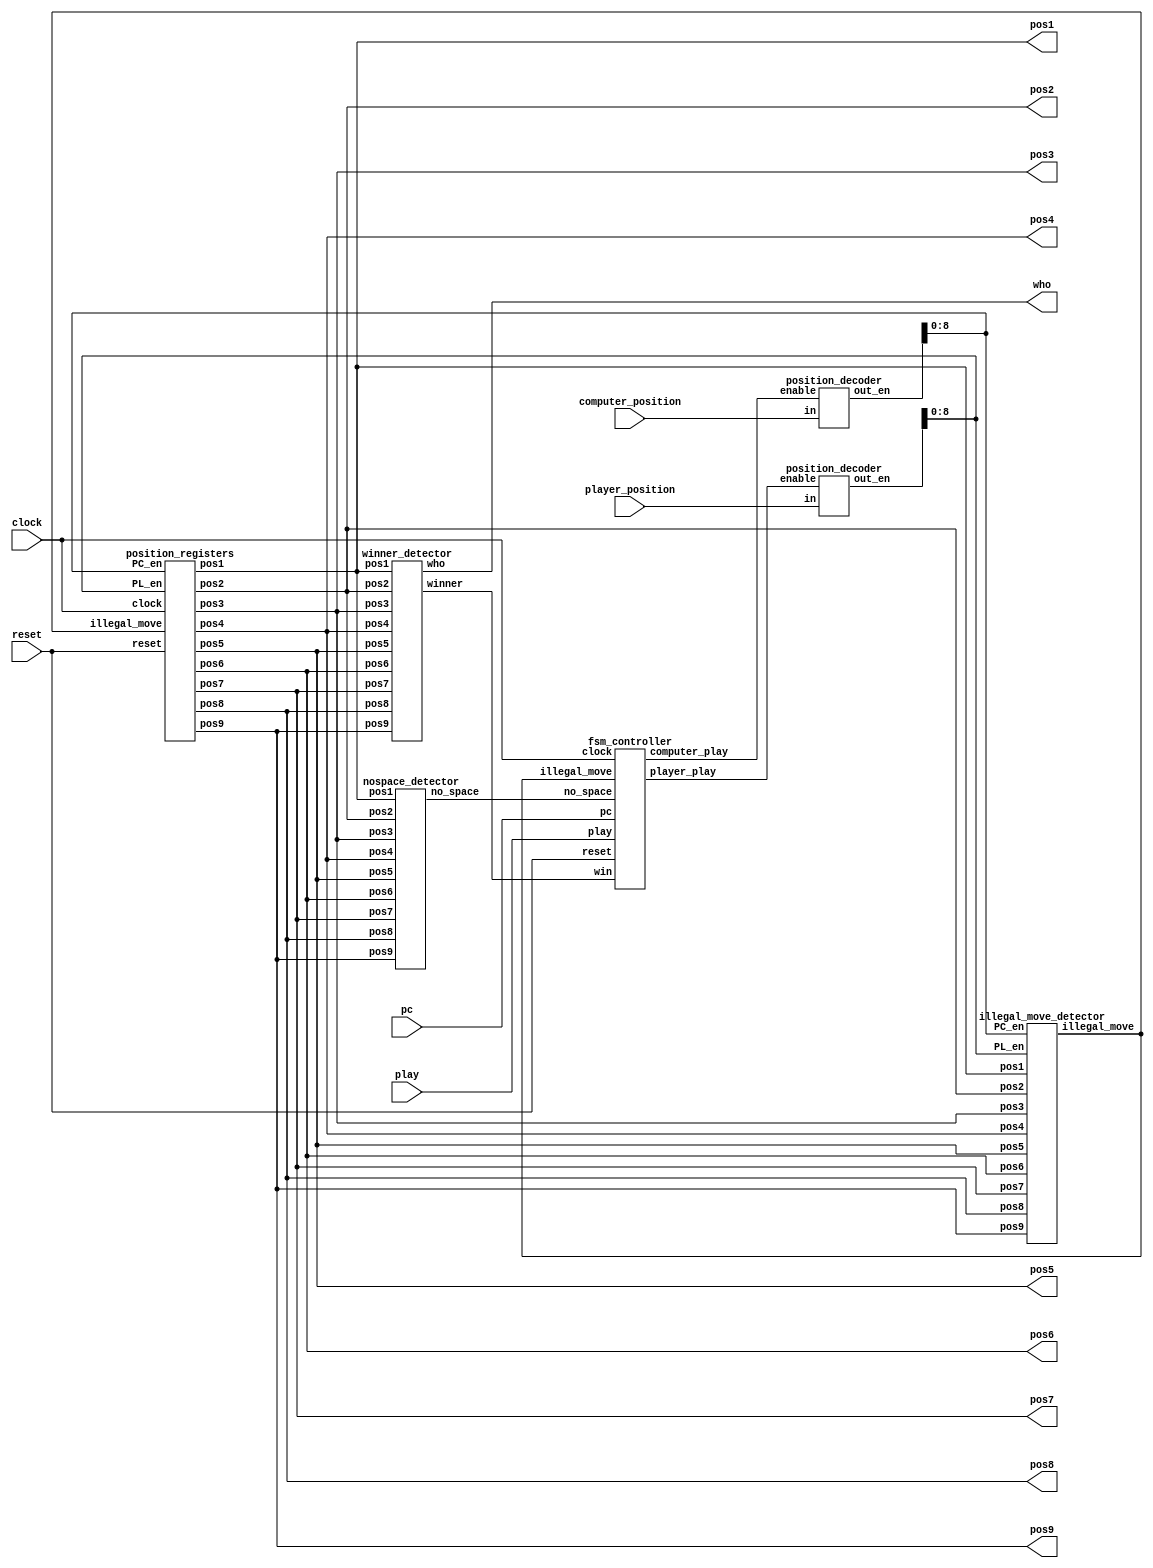
  module tic_tac_toe_game(
     input clock, // clock of the game 
     input reset, // reset button to reset the game 
     input play, // play button to enable player to play 
     input pc, // pc button to enable computer to play 
     input [3:0] computer_position,player_position, 
     // positions to play 
     output wire [1:0] pos1,pos2,pos3,
     pos4,pos5,pos6,pos7,pos8,pos9,
     // LED display for positions 
     // 01: Player 
     // 10: Computer 
     output wire[1:0]who 
     // who the winner is 
     );
 wire [15:0] PC_en;// Computer enable signals 
 wire [15:0] PL_en; // Player enable signals 
 wire illegal_move; // disable writing when an illegal move is detected 
 //wire [1:0] pos1,pos2,pos3,pos4,pos5,pos6,pos7,pos8,pos9;// positions stored
 wire win; // win signal 
 wire computer_play; // computer enabling signal 
 wire player_play; // player enabling signal 
 wire no_space; // no space signal 
 // position registers    
  position_registers position_reg_unit(
      clock, // clock of the game 
      reset, // reset the game 
      illegal_move, // disable writing when an illegal move is detected 
      PC_en[8:0], // Computer enable signals 
      PL_en[8:0], // Player enable signals 
      pos1,pos2,pos3,pos4,pos5,pos6,pos7,pos8,pos9// positions stored
      );
 // winner detector 
 winner_detector win_detect_unit(pos1,pos2,pos3,pos4,pos5,pos6,pos7,pos8,pos9,win,who);
 // position decoder for computer 
 position_decoder pd1(computer_position,computer_play,PC_en);
 // position decoder for player  
 position_decoder pd2(player_position,player_play,PL_en); 
 // illegal move detector
  illegal_move_detector imd_unit(
   pos1,pos2,pos3,pos4,pos5,pos6,pos7,pos8,pos9, 
   PC_en[8:0], PL_en[8:0], 
   illegal_move
   );
 // no space detector 
 nospace_detector nsd_unit(
   pos1,pos2,pos3,pos4,pos5,pos6,pos7,pos8,pos9, 
   no_space
    ); 
 fsm_controller tic_tac_toe_controller(
     clock,// clock of the circuit 
     reset,// reset 
     play, // player plays 
     pc,// computer plays 
     illegal_move,// illegal move detected 
     no_space, // no_space detected 
     win, // winner detected 
     computer_play, // enable computer to play 
     player_play // enable player to play 
     );    
endmodule 
// Position registers  
// when enabling by the FSM controller 
module position_registers(
      input clock, // clock of the game 
      input reset, // reset the game 
      input illegal_move, // disable writing when an illegal move is detected 
      input [8:0] PC_en, // Computer enable signals 
      input [8:0] PL_en, // Player enable signals 
      output reg[1:0] pos1,pos2,pos3,pos4,pos5,pos6,pos7,pos8,pos9// positions stored
      );
 // Position 1 
 always @(posedge clock or posedge reset)
 begin
  if(reset) 
   pos1 <= 2'b00;
  else begin
   if(illegal_move==1'b1)
    pos1 <= pos1;// keep previous position
   else if(PC_en[0]==1'b1)
    pos1 <= 2'b10; // store computer data 
   else if (PL_en[0]==1'b1)
    pos1 <= 2'b01;// store player data 
   else 
    pos1 <= pos1;// keep previous position
  end 
 end 
 // Position 2 
 always @(posedge clock or posedge reset)
 begin
  if(reset) 
   pos2 <= 2'b00;
  else begin
   if(illegal_move==1'b1)
    pos2 <= pos2;// keep previous position
   else if(PC_en[1]==1'b1)
    pos2 <= 2'b10; // store computer data 
   else if (PL_en[1]==1'b1)
    pos2 <= 2'b01;// store player data 
   else 
    pos2 <= pos2;// keep previous position
  end 
 end 
// Position 3 
 always @(posedge clock or posedge reset)
 begin
  if(reset) 
   pos3 <= 2'b00;
  else begin
   if(illegal_move==1'b1)
    pos3 <= pos3;// keep previous position
   else if(PC_en[2]==1'b1)
    pos3 <= 2'b10; // store computer data 
   else if (PL_en[2]==1'b1)
    pos3 <= 2'b01;// store player data 
   else 
    pos3 <= pos3;// keep previous position
  end 
 end  
 // Position 4 
 always @(posedge clock or posedge reset)
 begin
  if(reset) 
   pos4 <= 2'b00;
  else begin
   if(illegal_move==1'b1)
    pos4 <= pos4;// keep previous position
   else if(PC_en[3]==1'b1)
    pos4 <= 2'b10; // store computer data 
   else if (PL_en[3]==1'b1)
    pos4 <= 2'b01;// store player data 
   else 
    pos4 <= pos4;// keep previous position
  end 
 end 
 // Position 5 
 always @(posedge clock or posedge reset)
 begin
  if(reset) 
   pos5 <= 2'b00;
  else begin
   if(illegal_move==1'b1)
    pos5 <= pos5;// keep previous position
   else if(PC_en[4]==1'b1)
    pos5 <= 2'b10; // store computer data 
   else if (PL_en[4]==1'b1)
    pos5 <= 2'b01;// store player data 
   else 
    pos5 <= pos5;// keep previous position
  end 
 end 
 // Position 6 
 always @(posedge clock or posedge reset)
 begin
  if(reset) 
   pos6 <= 2'b00;
  else begin
   if(illegal_move==1'b1)
    pos6 <= pos6;// keep previous position
   else if(PC_en[5]==1'b1)
    pos6 <= 2'b10; // store computer data 
   else if (PL_en[5]==1'b1)
    pos6 <= 2'b01;// store player data 
   else 
    pos6 <= pos6;// keep previous position
  end 
 end 
 // Position 7 
 always @(posedge clock or posedge reset)
 begin
  if(reset) 
   pos7 <= 2'b00;
  else begin
   if(illegal_move==1'b1)
    pos7 <= pos7;// keep previous position
   else if(PC_en[6]==1'b1)
    pos7 <= 2'b10; // store computer data 
   else if (PL_en[6]==1'b1)
    pos7 <= 2'b01;// store player data 
   else 
    pos7 <= pos7;// keep previous position
  end 
 end 
 // Position 8 
 always @(posedge clock or posedge reset)
 begin
  if(reset) 
   pos8 <= 2'b00;
  else begin
   if(illegal_move==1'b1)
    pos8 <= pos8;// keep previous position
   else if(PC_en[7]==1'b1)
    pos8 <= 2'b10; // store computer data 
   else if (PL_en[7]==1'b1)
    pos8 <= 2'b01;// store player data 
   else 
    pos8 <= pos8;// keep previous position
  end 
 end 
 // Position 9 
 always @(posedge clock or posedge reset)
 begin
  if(reset) 
   pos9 <= 2'b00;
  else begin
   if(illegal_move==1'b1)
    pos9 <= pos9;// keep previous position
   else if(PC_en[8]==1'b1)
    pos9 <= 2'b10; // store computer data 
   else if (PL_en[8]==1'b1)
    pos9 <= 2'b01;// store player data 
   else 
    pos9 <= pos9;// keep previous position
  end 
 end  
endmodule 

module fsm_controller(
     input clock,// clock of the circuit 
     input reset,// reset 
     play, // player plays 
     pc,// computer plays 
     illegal_move,// illegal move detected 
     no_space, // no_space detected 
     win, // winner detected 
     output reg computer_play, // enable computer to play 
     player_play // enable player to play 
     );
// FSM States 
parameter IDLE=2'b00;
parameter PLAYER=2'b01;
parameter COMPUTER=2'b10;
parameter GAME_DONE=2'b11;
reg[1:0] current_state, next_state;
// current state registers 
always @(posedge clock or posedge reset) 
begin 
 if(reset)
  current_state <= IDLE;
 else 
  current_state <= next_state;
end 
 // next state 
always @(*)
 begin
 case(current_state)
 IDLE: begin 
  if(reset==1'b0 && play == 1'b1)
   next_state <= PLAYER; // player to play 
  else 
   next_state <= IDLE;
  player_play <= 1'b0;
  computer_play <= 1'b0;
 end 
 PLAYER:begin 
  player_play <= 1'b1;
  computer_play <= 1'b0;
  if(illegal_move==1'b0)
   next_state <= COMPUTER; // computer to play 
  else 
   next_state <= IDLE;
 end 
 COMPUTER:begin 
  player_play <= 1'b0;
  if(pc==1'b0) begin 
   next_state <= COMPUTER;
   computer_play <= 1'b0;
  end
  else if(win==1'b0 && no_space == 1'b0)
  begin 
   next_state <= IDLE;
   computer_play <= 1'b1;// computer to play when PC=1
  end 
  else if(no_space == 1 || win ==1'b1)
  begin 
   next_state <= GAME_DONE; // game done 
   computer_play <= 1'b1;// computer to play when PC=1
  end  
 end 
 GAME_DONE:begin // game done
  player_play <= 1'b0;
  computer_play <= 1'b0; 
  if(reset==1'b1) 
   next_state <= IDLE;// reset the game to IDLE 
  else 
   next_state <= GAME_DONE;  
 end 
 default: next_state <= IDLE; 
 endcase
 end
endmodule 
// NO SPACE detector
// to detect if no more spaces to play 

module nospace_detector(
   input [1:0] pos1,pos2,pos3,pos4,pos5,pos6,pos7,pos8,pos9, 
   output wire no_space
    );
wire temp1,temp2,temp3,temp4,temp5,temp6,temp7,temp8,temp9;
// detect no more space     
assign temp1 = pos1[1] | pos1[0];
assign temp2 = pos2[1] | pos2[0];
assign temp3 = pos3[1] | pos3[0];
assign temp4 = pos4[1] | pos4[0];
assign temp5 = pos5[1] | pos5[0];
assign temp6 = pos6[1] | pos6[0];
assign temp7 = pos7[1] | pos7[0];
assign temp8 = pos8[1] | pos8[0];
assign temp9 = pos9[1] | pos9[0];
// output
assign no_space =((((((((temp1 & temp2) & temp3) & temp4) & temp5) & temp6) & temp7) & temp8) & temp9);
endmodule 

// Illegal move detector
// to detect if a player plays on an exist position 

module illegal_move_detector(
   input [1:0] pos1,pos2,pos3,pos4,pos5,pos6,pos7,pos8,pos9, 
   input [8:0] PC_en, PL_en, 
   output wire illegal_move
   );
wire temp1,temp2,temp3,temp4,temp5,temp6,temp7,temp8,temp9;
wire temp11,temp12,temp13,temp14,temp15,temp16,temp17,temp18,temp19;
wire temp21,temp22;
// player : illegal moving    
assign temp1 = (pos1[1] | pos1[0]) & PL_en[0];
assign temp2 = (pos2[1] | pos2[0]) & PL_en[1];
assign temp3 = (pos3[1] | pos3[0]) & PL_en[2];
assign temp4 = (pos4[1] | pos4[0]) & PL_en[3];
assign temp5 = (pos5[1] | pos5[0]) & PL_en[4];
assign temp6 = (pos6[1] | pos6[0]) & PL_en[5];
assign temp7 = (pos7[1] | pos7[0]) & PL_en[6];
assign temp8 = (pos8[1] | pos8[0]) & PL_en[7];
assign temp9 = (pos9[1] | pos9[0]) & PL_en[8];
// computer : illegal moving  
assign temp11 = (pos1[1] | pos1[0]) & PC_en[0];
assign temp12 = (pos2[1] | pos2[0]) & PC_en[1];
assign temp13 = (pos3[1] | pos3[0]) & PC_en[2];
assign temp14 = (pos4[1] | pos4[0]) & PC_en[3];
assign temp15 = (pos5[1] | pos5[0]) & PC_en[4];
assign temp16 = (pos6[1] | pos6[0]) & PC_en[5];
assign temp17 = (pos7[1] | pos7[0]) & PC_en[6];
assign temp18 = (pos8[1] | pos8[0]) & PC_en[7];
assign temp19 = (pos9[1] | pos9[0]) & PC_en[8];
// intermediate signals 
assign temp21 =((((((((temp1 | temp2) | temp3) | temp4) | temp5) | temp6) | temp7) | temp8) | temp9);
assign temp22 =((((((((temp11 | temp12) | temp13) | temp14) | temp15) | temp16) | temp17) | temp18) | temp19);
// output illegal move 
assign illegal_move = temp21 | temp22 ;
endmodule 

// To decode the position being played, a 4-to-16 decoder with high active output is needed.
// When a button is pressed, a player will play and the position at IN [3:0] will be decoded
// to enable writing to the corresponding registers
module position_decoder(input[3:0] in, input enable, output wire [15:0] out_en);
 reg[15:0] temp1;
 assign out_en = (enable==1'b1)?temp1:16'd0;
 always @(*)
 begin
 case(in)
 4'd0: temp1 <= 16'b0000000000000001;
 4'd1: temp1 <= 16'b0000000000000010; 
 4'd2: temp1 <= 16'b0000000000000100;
 4'd3: temp1 <= 16'b0000000000001000;
 4'd4: temp1 <= 16'b0000000000010000;
 4'd5: temp1 <= 16'b0000000000100000;
 4'd6: temp1 <= 16'b0000000001000000;
 4'd7: temp1 <= 16'b0000000010000000;
 4'd8: temp1 <= 16'b0000000100000000;
 4'd9: temp1 <= 16'b0000001000000000;
 4'd10: temp1 <= 16'b0000010000000000;
 4'd11: temp1 <= 16'b0000100000000000;
 4'd12: temp1 <= 16'b0001000000000000;
 4'd13: temp1 <= 16'b0010000000000000;
 4'd14: temp1 <= 16'b0100000000000000;
 4'd15: temp1 <= 16'b1000000000000000;
 default: temp1 <= 16'b0000000000000001; 
 endcase 
end 
endmodule 

// winner detector circuit 
// to detect who the winner is 
// We will win when we have 3 similar (x) or (O) in the following pairs: 
// (1,2,3); (4,5,6);(7,8,9); (1,4,7); (2,5,8);(3,6,9); (1,5,9);(3,5,7); 
module winner_detector(input [1:0] pos1,pos2,pos3,pos4,pos5,pos6,pos7,pos8,pos9, output wire winner, output wire [1:0]who);
wire win1,win2,win3,win4,win5,win6,win7,win8;
wire [1:0] who1,who2,who3,who4,who5,who6,who7,who8;
winner_detect_3 u1(pos1,pos2,pos3,win1,who1);// (1,2,3);
winner_detect_3 u2(pos4,pos5,pos6,win2,who2);// (4,5,6);
winner_detect_3 u3(pos7,pos8,pos9,win3,who3);// (7,8,9);
winner_detect_3 u4(pos1,pos4,pos7,win4,who4);// (1,4,7);
winner_detect_3 u5(pos2,pos5,pos8,win5,who5);// (2,5,8);
winner_detect_3 u6(pos3,pos6,pos9,win6,who6);// (3,6,9);
winner_detect_3 u7(pos1,pos5,pos9,win7,who7);// (1,5,9);
winner_detect_3 u8(pos3,pos5,pos6,win8,who8);// (3,5,7);
assign winner = (((((((win1 | win2) | win3) | win4) | win5) | win6) | win7) | win8);
assign who = (((((((who1 | who2) | who3) | who4) | who5) | who6) | who7) | who8);
endmodule 

// winner detection for 3 positions and determine who the winner is 
// Player: 01
// Computer: 10
module winner_detect_3(input [1:0] pos0,pos1,pos2, output wire winner, output wire [1:0]who);
wire [1:0] temp0,temp1,temp2;
wire temp3;
assign temp0[1] = !(pos0[1]^pos1[1]);
assign temp0[0] = !(pos0[0]^pos1[0]);
assign temp1[1] = !(pos2[1]^pos1[1]);
assign temp1[0] = !(pos2[0]^pos1[0]);
assign temp2[1] = temp0[1] & temp1[1];
assign temp2[0] = temp0[0] & temp1[0];
assign temp3 = pos0[1] | pos0[0];
// winner if 3 positions are similar and should be 01 or 10 
assign winner = temp3 & temp2[1] & temp2[0];
// determine who the winner is 
assign who[1] = winner & pos0[1];
assign who[0] = winner & pos0[0];
endmodule